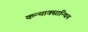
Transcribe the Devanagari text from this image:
कन्थाक्सान्थिन